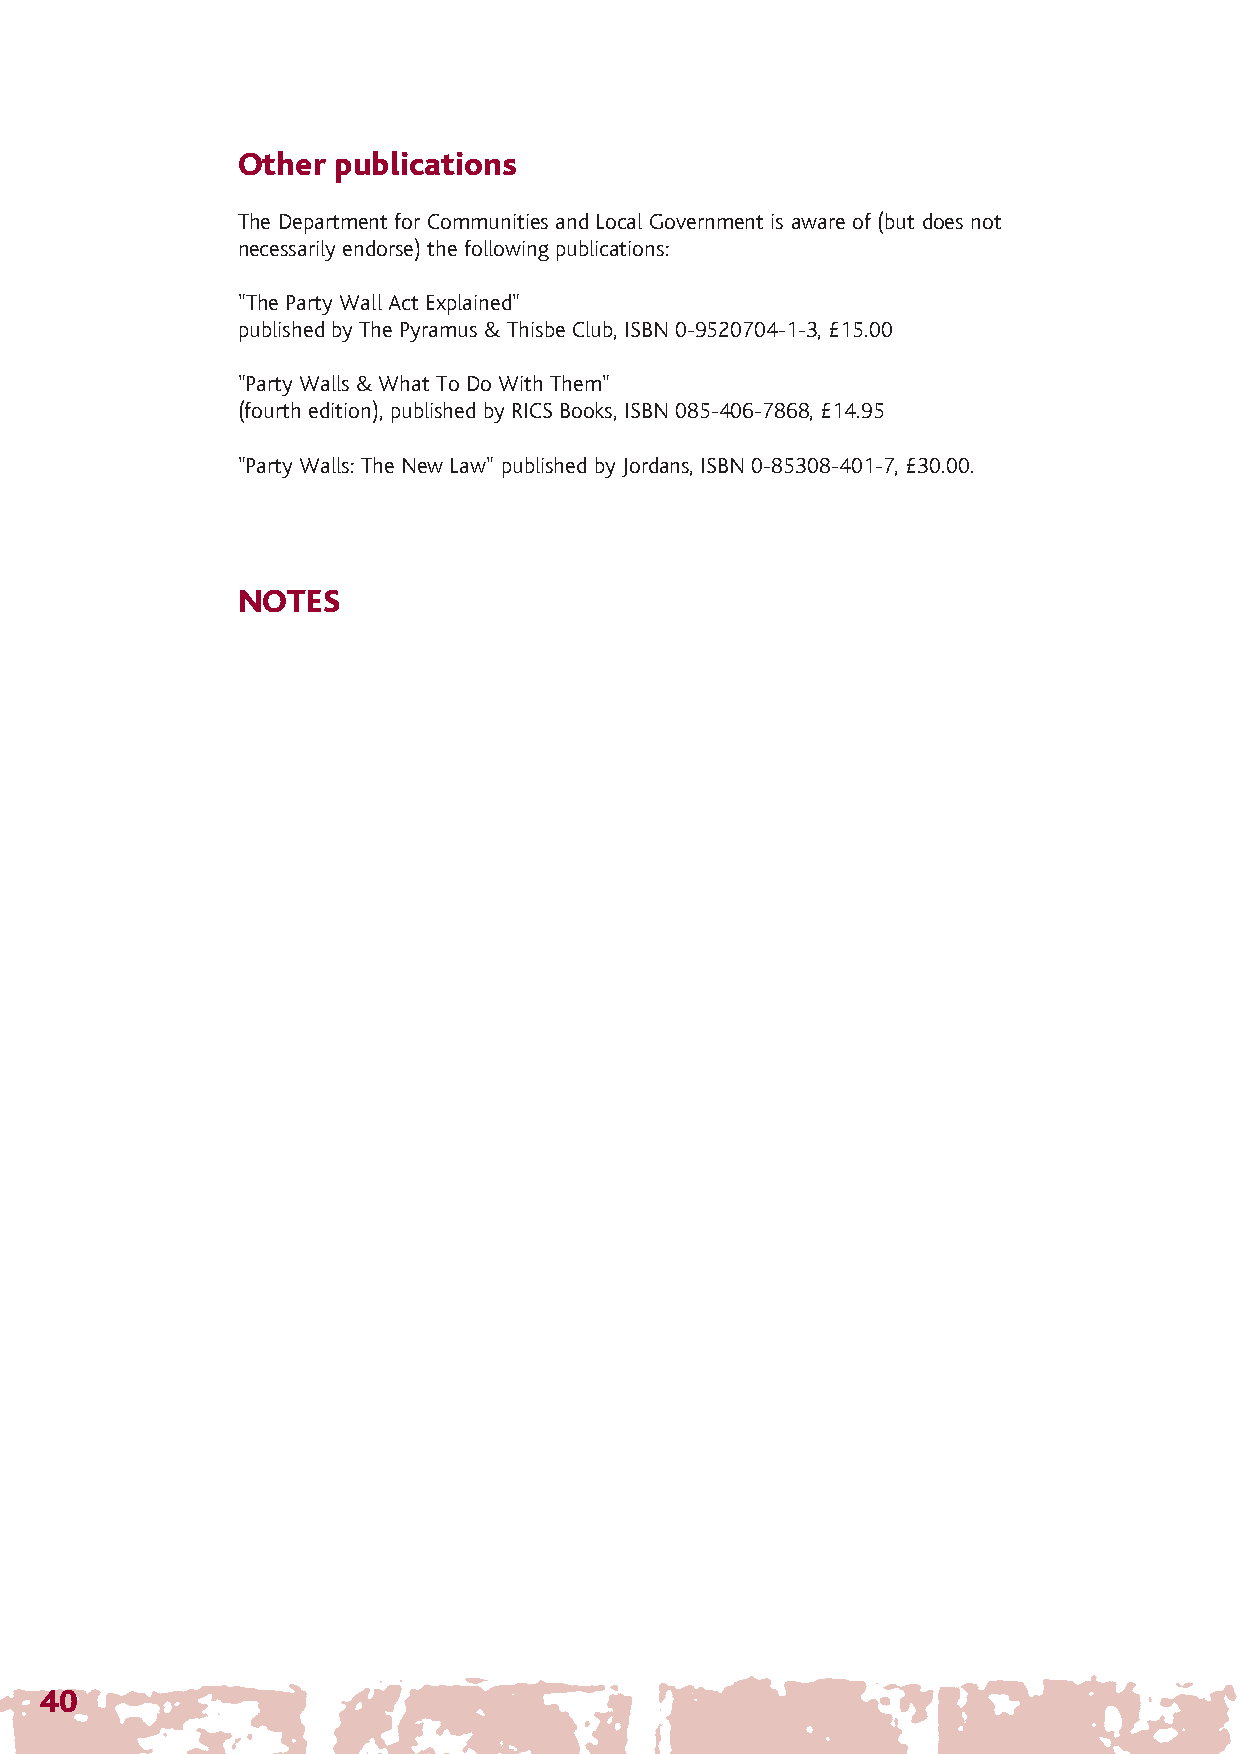
The Party Wall 12/4/07 14:28 Page 43
 Other publications
 The Department for Communities and Local Government is aware of (but does not
 necessarily endorse) the following publications:
 "The Party Wall Act Explained"
 published by The Pyramus & Thisbe Club, ISBN 0-9520704-1-3, £15.00
 "Party Walls & What To Do With Them"
 (fourth edition), published by RICS Books, ISBN 085-406-7868, £14.95
 "Party Walls: The New Law" published by Jordans, ISBN 0-85308-401-7, £30.00.
 NOTES
 40